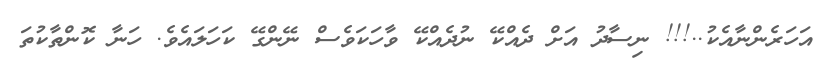
އަހަރެންނާއެކު..!!! ނިސާދު އަށް ދެއްކޭ ނުދެއްކޭ ވާހަކަވެސް ނޭންގޭ ކަހަލައެވެ. ހަނާ ކޮންތާކުތަ